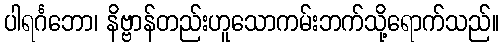
ပါရင်္ဂဘော၊ နိဗ္ဗာန်တည်းဟူသောကမ်းဘက်သို့ရောက်သည်။